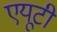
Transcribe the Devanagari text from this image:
एयूटी